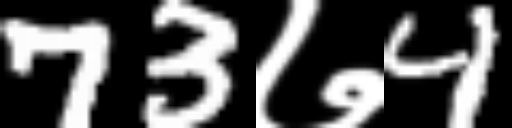
Text: 73७4